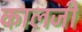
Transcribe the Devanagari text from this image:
कालजी